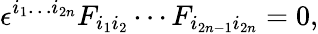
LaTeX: \epsilon^{i_{1}\ldots i_{2n}}F_{i_{1}i_{2}}\cdots F_{i_{2n-1}i_{2n}}=0,